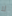
لا